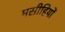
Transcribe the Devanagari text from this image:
मसीहियों